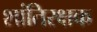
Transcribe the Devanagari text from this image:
शांतिरक्षक